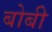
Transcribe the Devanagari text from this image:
बोबी